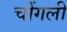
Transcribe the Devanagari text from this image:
चोंगली